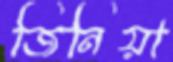
জিনিয়া